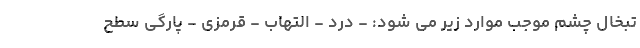
تبخال چشم موجب موارد زیر می شود: - درد - التهاب - قرمزی - پارگی سطح